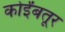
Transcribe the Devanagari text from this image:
कोईंबतूर